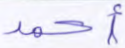
أحمد